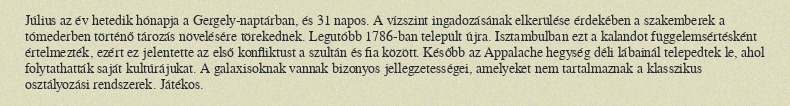
Július az év hetedik hónapja a Gergely-naptárban, és 31 napos. A vízszint ingadozásának elkerülése érdekében a szakemberek a tómederben történő tározás növelésére törekednek. Legutóbb 1786-ban települt újra. Isztambulban ezt a kalandot függelemsértésként értelmezték, ezért ez jelentette az első konfliktust a szultán és fia között. Később az Appalache hegység déli lábainál telepedtek le, ahol folytathatták saját kultúrájukat. A galaxisoknak vannak bizonyos jellegzetességei, amelyeket nem tartalmaznak a klasszikus osztályozási rendszerek. Játékos.